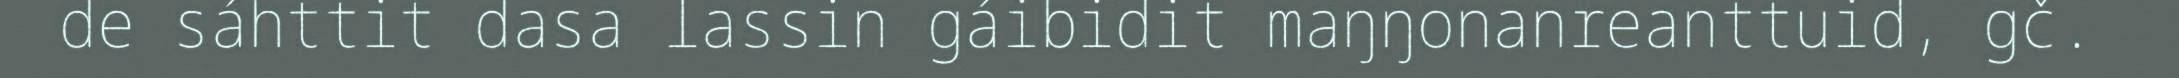
de sáhttit dasa lassin gáibidit maŋŋonanreanttuid, gč.